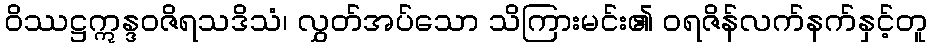
ဝိဿဋ္ဌဣန္ဒဝဇိရသဒိသံ၊ လွှတ်အပ်သော သိကြားမင်း၏ ဝရဇိန်လက်နက်နှင့်တူ